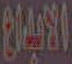
الأنبيان